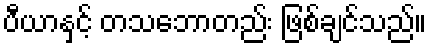
ပီယာနှင့် တသဘောတည်း ဖြစ်ချင်သည်။